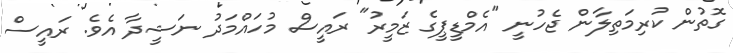
ގޮތުން ކުރިމަތިލާން ޖެހުނީ "އެމްޑީޕީގެ ޒަމީރު" ރައީސް މުހައްމަދު ނަޝީދާ އެވެ. ރައީސް